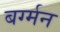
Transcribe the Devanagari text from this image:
बर्ग्मन